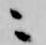
ニ